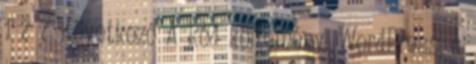
1 2 7 Következő A kód költemény. WordPress, a